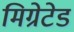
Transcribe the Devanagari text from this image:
मिग्रेटेड